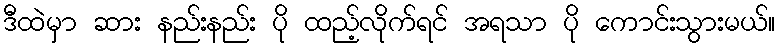
ဒီထဲမှာ ဆား နည်းနည်း ပို ထည့်လိုက်ရင် အရသာ ပို ကောင်းသွားမယ်။